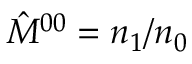
\hat { M } ^ { 0 0 } = n _ { 1 } / n _ { 0 }